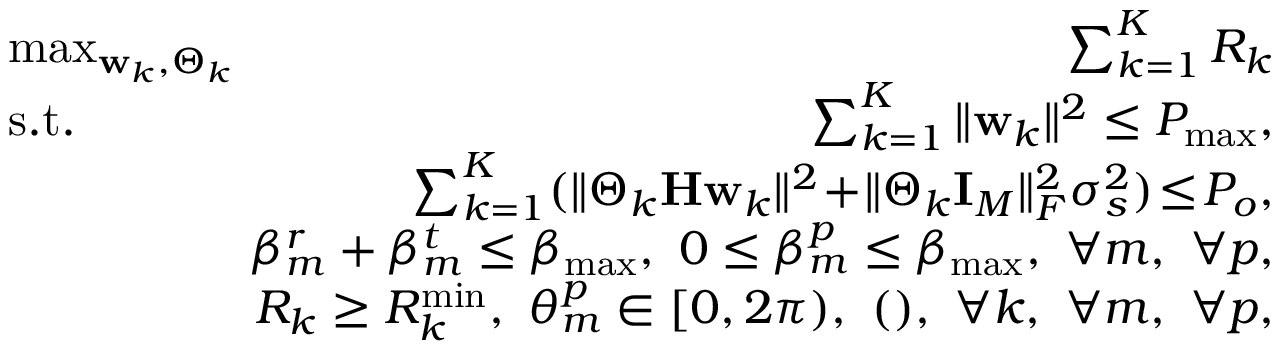
\begin{array} { r l r } & { \! \! \! \! \! \! \! \! \operatorname* { m a x } _ { \mathbf { w } _ { k } , \boldsymbol { \Theta } _ { k } } } & { \! \! \! \! \sum _ { k = 1 } ^ { K } R _ { k } } \\ & { \! \! \! \! \! \! \! \! \mathrm { s . t . } } & { \! \! \! \! \sum _ { k = 1 } ^ { K } \Vert \mathbf { w } _ { k } \Vert ^ { 2 } \leq P _ { \operatorname* { m a x } } , } \\ & { } & { \! \! \! \! \sum _ { k = 1 } ^ { K } ( \Vert \boldsymbol { \Theta } _ { k } \mathbf { H } \mathbf { w } _ { k } \Vert ^ { 2 } \! + \! \Vert \boldsymbol { \Theta } _ { k } \mathbf { I } _ { M } \Vert _ { F } ^ { 2 } \sigma _ { s } ^ { 2 } ) \! \leq \! P _ { o } , } \\ & { } & { \! \! \! \! \beta _ { m } ^ { r } + \beta _ { m } ^ { t } \le \beta _ { \mathrm { { m a x } } } , ~ 0 \le \beta _ { m } ^ { p } \le \beta _ { \operatorname* { m a x } } , ~ \forall m , ~ \forall p , } \\ & { } & { \! \! \! \! R _ { k } \ge R _ { k } ^ { \operatorname* { m i n } } , ~ \theta _ { m } ^ { p } \in [ 0 , 2 \pi ) , ~ ( ) , ~ \forall k , ~ \forall m , ~ \forall p , } \end{array}